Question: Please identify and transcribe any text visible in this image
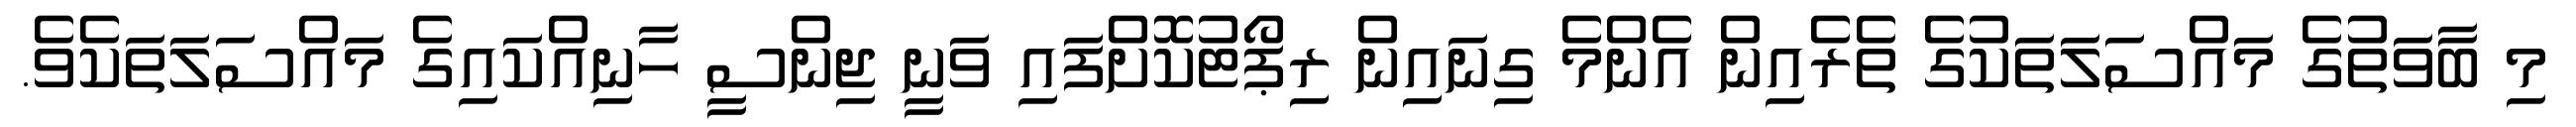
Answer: މި ބާވަތުގެ މައްސަލަތަކުގެ ތެރެއިން އެންމެ ގިނައިން ރިޕޯޓުކޮށްފައި ވަނީ ޖިންސީ ހާނިއްކައިގެ މައްސަލަތަކެވެ.